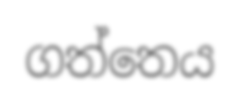
ගත්තෙය